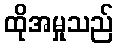
ထိုအမှုသည်